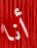
أنا